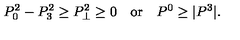
P _ { 0 } ^ { 2 } - P _ { 3 } ^ { 2 } \ge P _ { \perp } ^ { 2 } \ge 0 \quad \mathrm { o r } \quad P ^ { 0 } \ge | P ^ { 3 } | .